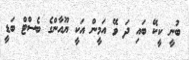
ބުނީ ކީކޭ ބައި ދަ ވޭ އަމީން އަކީ ޔޫއާންގެ ބެސްޓް ބަޑީ